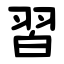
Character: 習